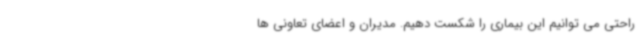
راحتی می توانیم این بیماری را شکست دهیم. مدیران و اعضای تعاونی ها